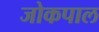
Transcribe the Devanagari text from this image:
जोकपाल